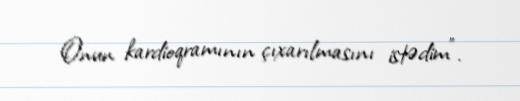
Onun kardioqramının çıxarılmasını istədim”.